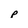
Character: p